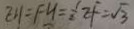
E H = F H = \frac { 1 } { 2 } E F = \sqrt { 3 }